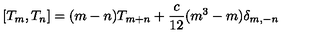
[ T _ { m } , T _ { n } ] = ( m - n ) T _ { m + n } + { \frac { c } { 1 2 } } ( m ^ { 3 } - m ) \delta _ { m , - n }